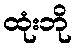
ထုံးဘို